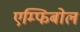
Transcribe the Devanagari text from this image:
एम्फिबोल